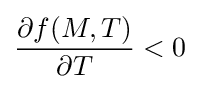
{\frac {\partial f(M,T)}{\partial T}}<0